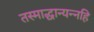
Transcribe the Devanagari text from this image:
तस्माद्धान्यन्नहि